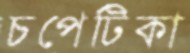
চপেটিকা